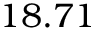
1 8 . 7 1